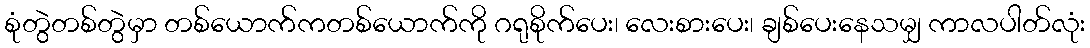
စုံတွဲတစ်တွဲမှာ တစ်ယောက်ကတစ်ယောက်ကို ဂရုစိုက်ပေး၊ လေးစားပေး၊ ချစ်ပေးနေသမျှ ကာလပါတ်လုံး